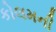
કોલમની